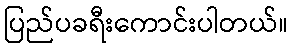
ပြည်ပခရီးကောင်းပါတယ်။